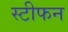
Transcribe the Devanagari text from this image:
स्टीफन